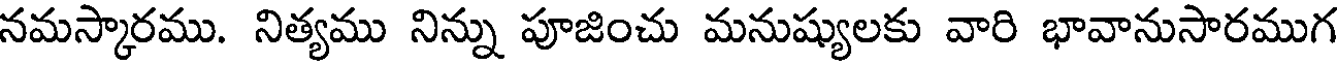
నమస్కారము. నిత్యము నిన్ను పూజించు మనుష్యులకు వారి భావానుసారముగ